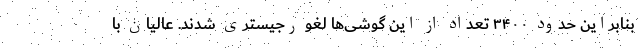
بنابراین حدود ۳۴۰۰ تعداد از این گوشی‌ها لغو رجیستری شدند. عالیان با